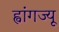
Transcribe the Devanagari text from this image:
ह्वांगज्यू